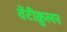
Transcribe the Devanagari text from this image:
वेंटीक्रुलर